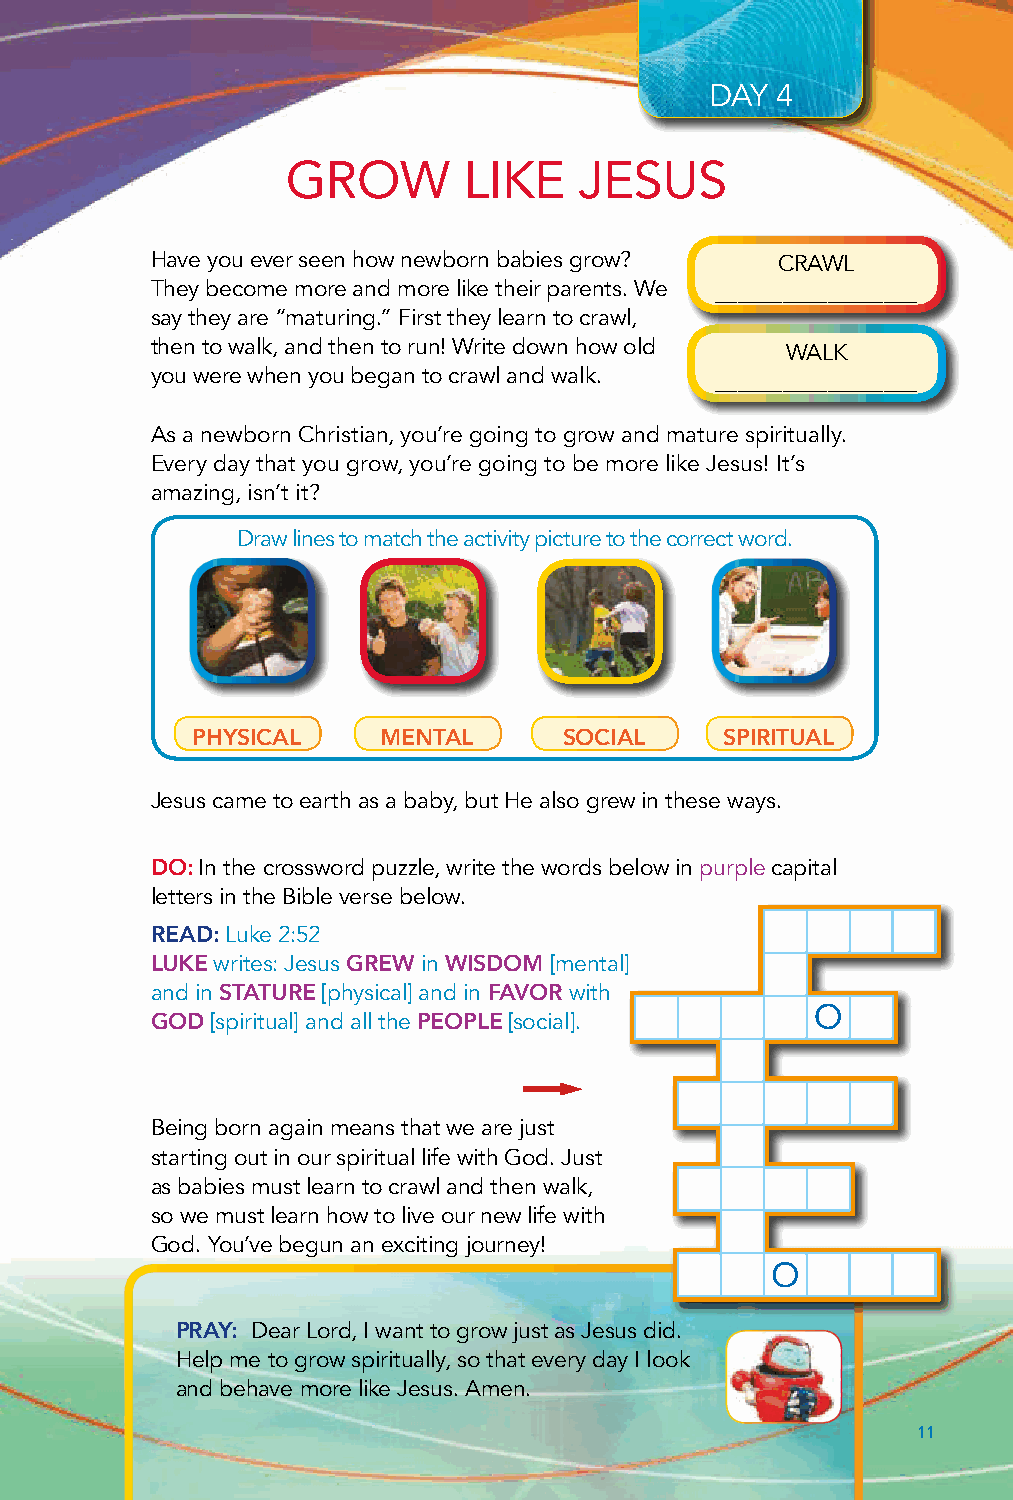
DAY 4
 GROW        LIKE   JESUS
 Have you ever seen how newborn babies grow? CRAWL
 They become more and more like their parents. We __________________
 say they are “maturing.” First they learn to crawl,
 then to walk, and then to run! Write down how old WALK
 you were when you began to crawl and walk. __________________
 As a newborn Christian, you’re going to grow and mature spiritually.
 Every day that you grow, you’re going to be more like Jesus! It’s
 amazing, isn’t it?
 Draw lines to match the activity picture to the correct word.
 PHYSICAL    MENTAL      SOCIAL     SPIRITUAL
 Jesus came to earth as a baby, but He also grew in these ways.
 DO: In the crossword puzzle, write the words below in purple capital
 letters in the Bible verse below.
 READ: Luke 2:52
 LUKE writes: Jesus GREW in WISDOM [mental]
 and in STATURE [physical] and in FAVOR with
 GOD [spiritual] and all the PEOPLE [social].
 j
 Being born again means that we are just
 starting out in our spiritual life with God. Just
 as babies must learn to crawl and then walk,
 so we must learn how to live our new life with
 God. You’ve begun an exciting journey!
 PRAY: Dear Lord, I want to grow just as Jesus did.
 Help me to grow spiritually, so that every day I look
 and behave more like Jesus. Amen.
 11